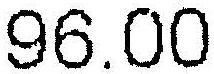
96.00